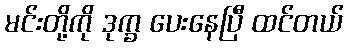
မင်းတို့ကို ဒုက္ခ ပေးနေပြီ ထင်တယ်